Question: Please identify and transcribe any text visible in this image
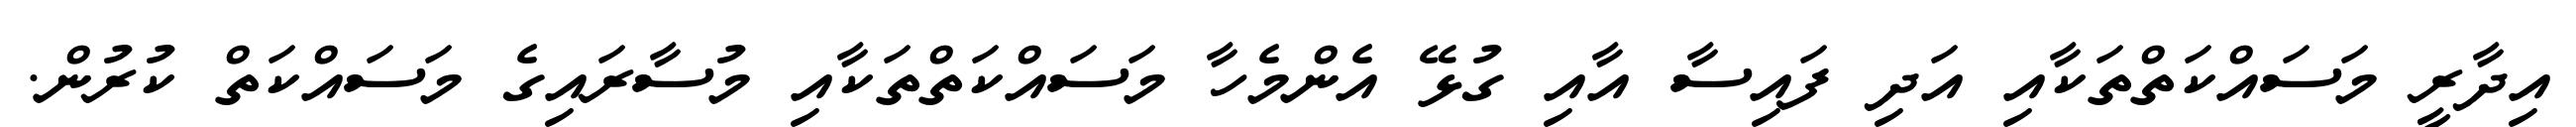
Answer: އިދާރީ މަސައްކަތްތަކާއި އަދި ފައިސާ އާއި ގުޅޭ އެންމެހާ މަސައްކަތްތަކާއި މުސާރައިގެ މަސައްކަތް ކުރުން.